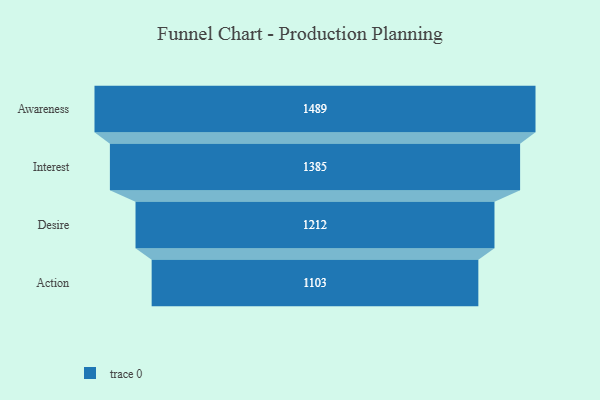
{"axis": {"x": "Stage", "y": "Value"}, "legend": [""], "data": [{"x": "Awareness", "y": 1489.0, "type": ""}, {"x": "Interest", "y": 1385.0, "type": ""}, {"x": "Desire", "y": 1212.0, "type": ""}, {"x": "Action", "y": 1103.0, "type": ""}]}